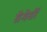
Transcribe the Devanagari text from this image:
ग्रैमेर्सी